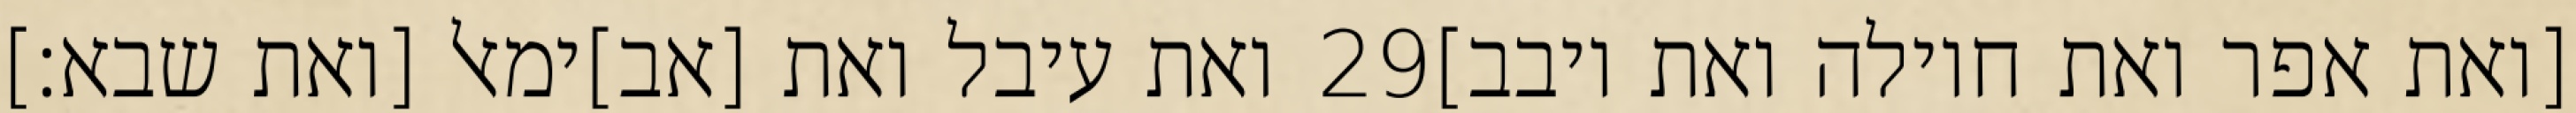
ואת עיבל ואת [אב]ימאל [ואת שבא׃] ‎29‏ [ואת אפר ואת חוילה ואת יובב]